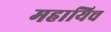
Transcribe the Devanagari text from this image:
महायिच